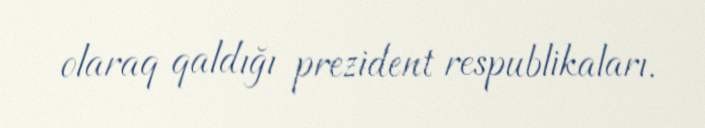
olaraq qaldığı prezident respublikaları.